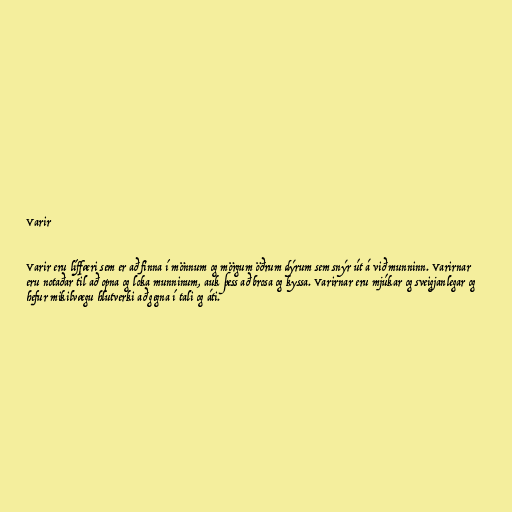
Varir

Varir eru líffæri sem er að finna í mönnum og mörgum öðrum dýrum sem snýr út á við munninn. Varirnar
eru notaðar til að opna og loka munninum, auk þess að brosa og kyssa. Varirnar eru mjúkar og sveigjanlegar og
hefur mikilvægu hlutverki að gegna í tali og áti.